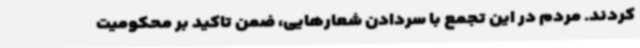
کردند. مردم در این تجمع با سردادن شعارهایی، ضمن تاکید بر محکومیت